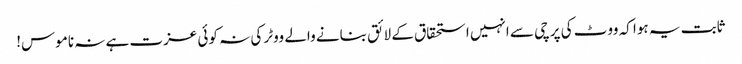
ثابت یہ ہوا کہ ووٹ کی پرچی سے انہیں استحقاق کے لائق بنانے والے ووٹر کی نہ کوئی عزت ہے نہ ناموس!